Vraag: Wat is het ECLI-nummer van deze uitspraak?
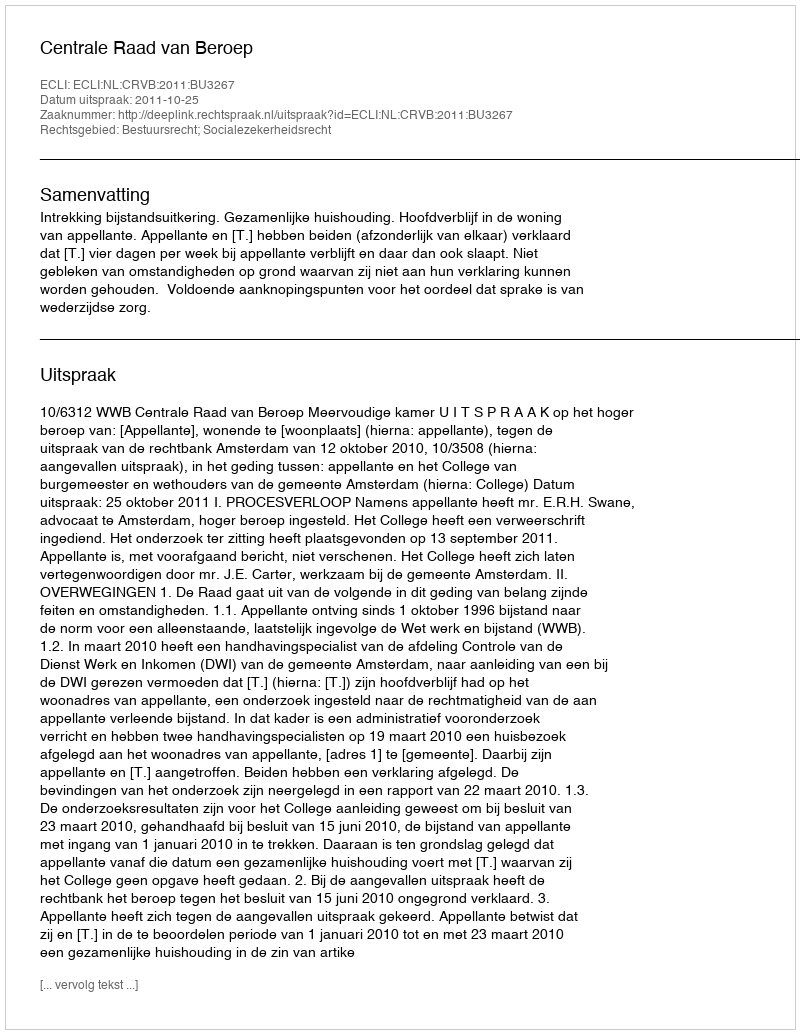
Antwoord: ECLI:NL:CRVB:2011:BU3267